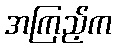
အကြည့်က